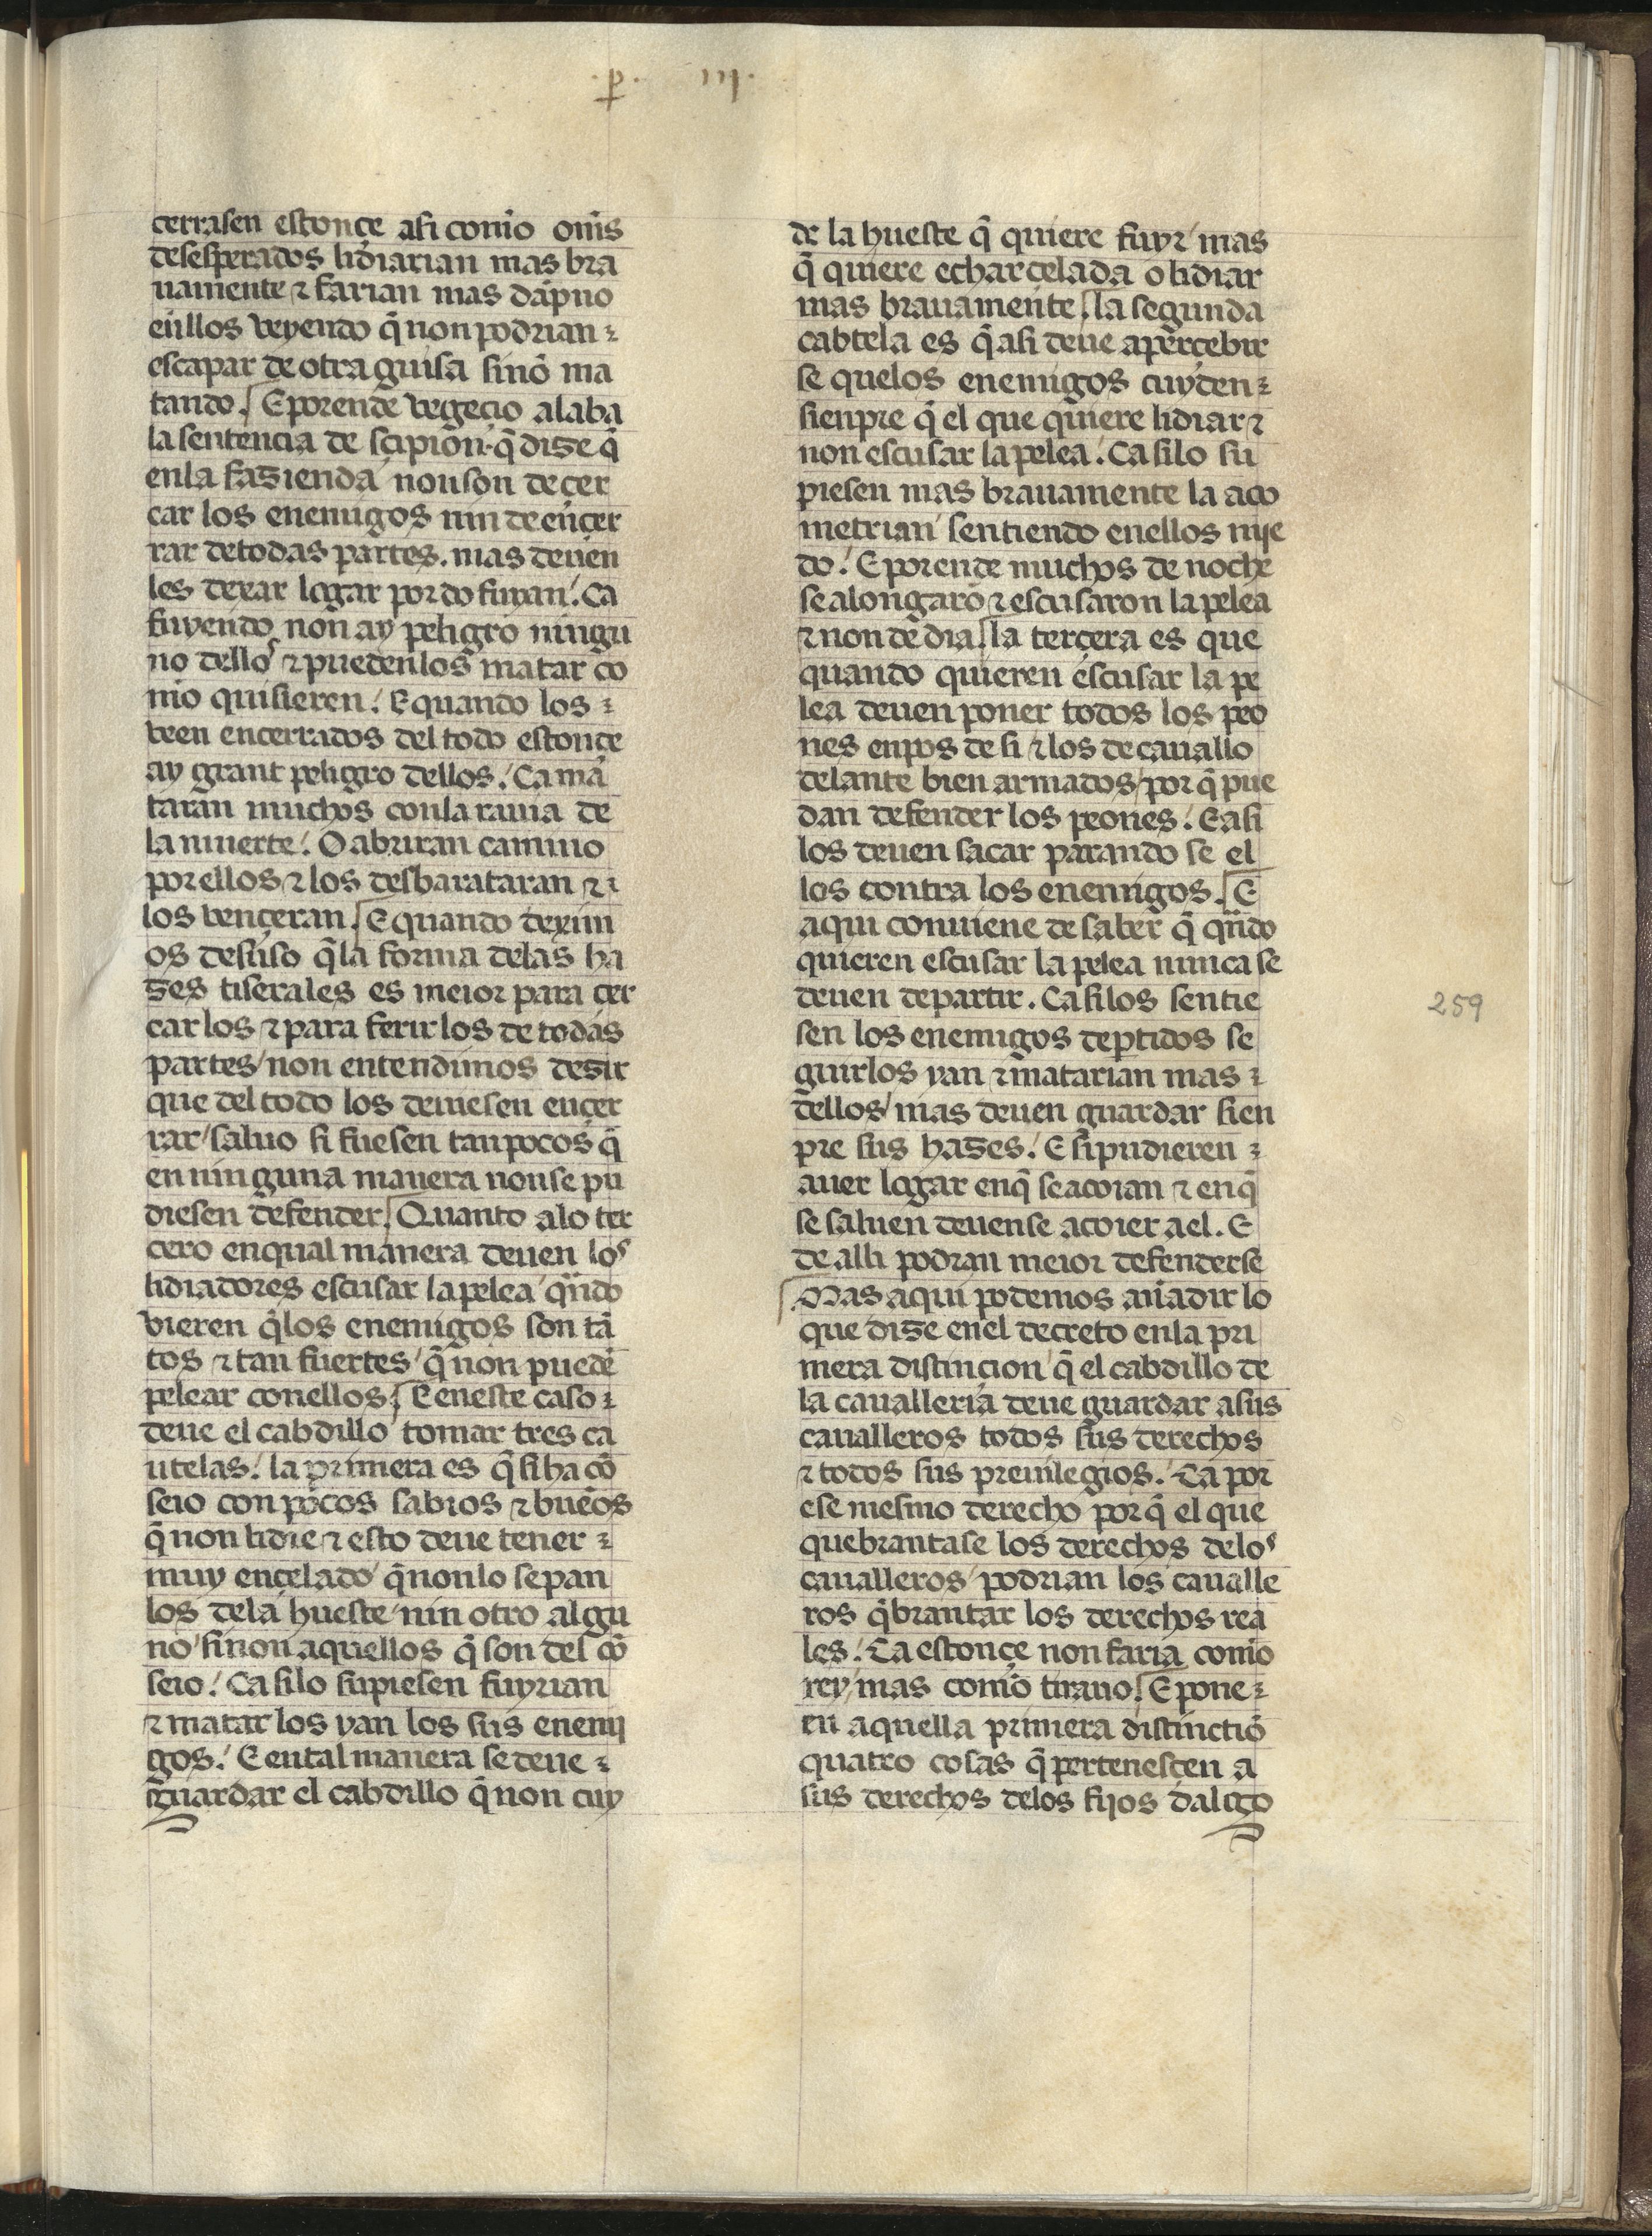
Shelfmark: Madrid, Fundación Lázaro Galdiano, mss 289
Century: 15